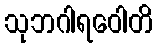
သုဘဂါရဝေါတိ